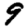
Digit: 9